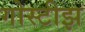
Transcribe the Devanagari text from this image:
गोस्टीझ